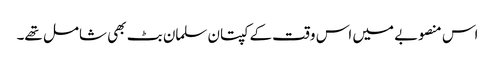
اس منصوبے میں اس وقت کے کپتان سلمان بٹ بھی شامل تھے۔